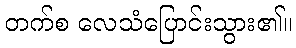
တက်စ လေသံပြောင်းသွား၏။